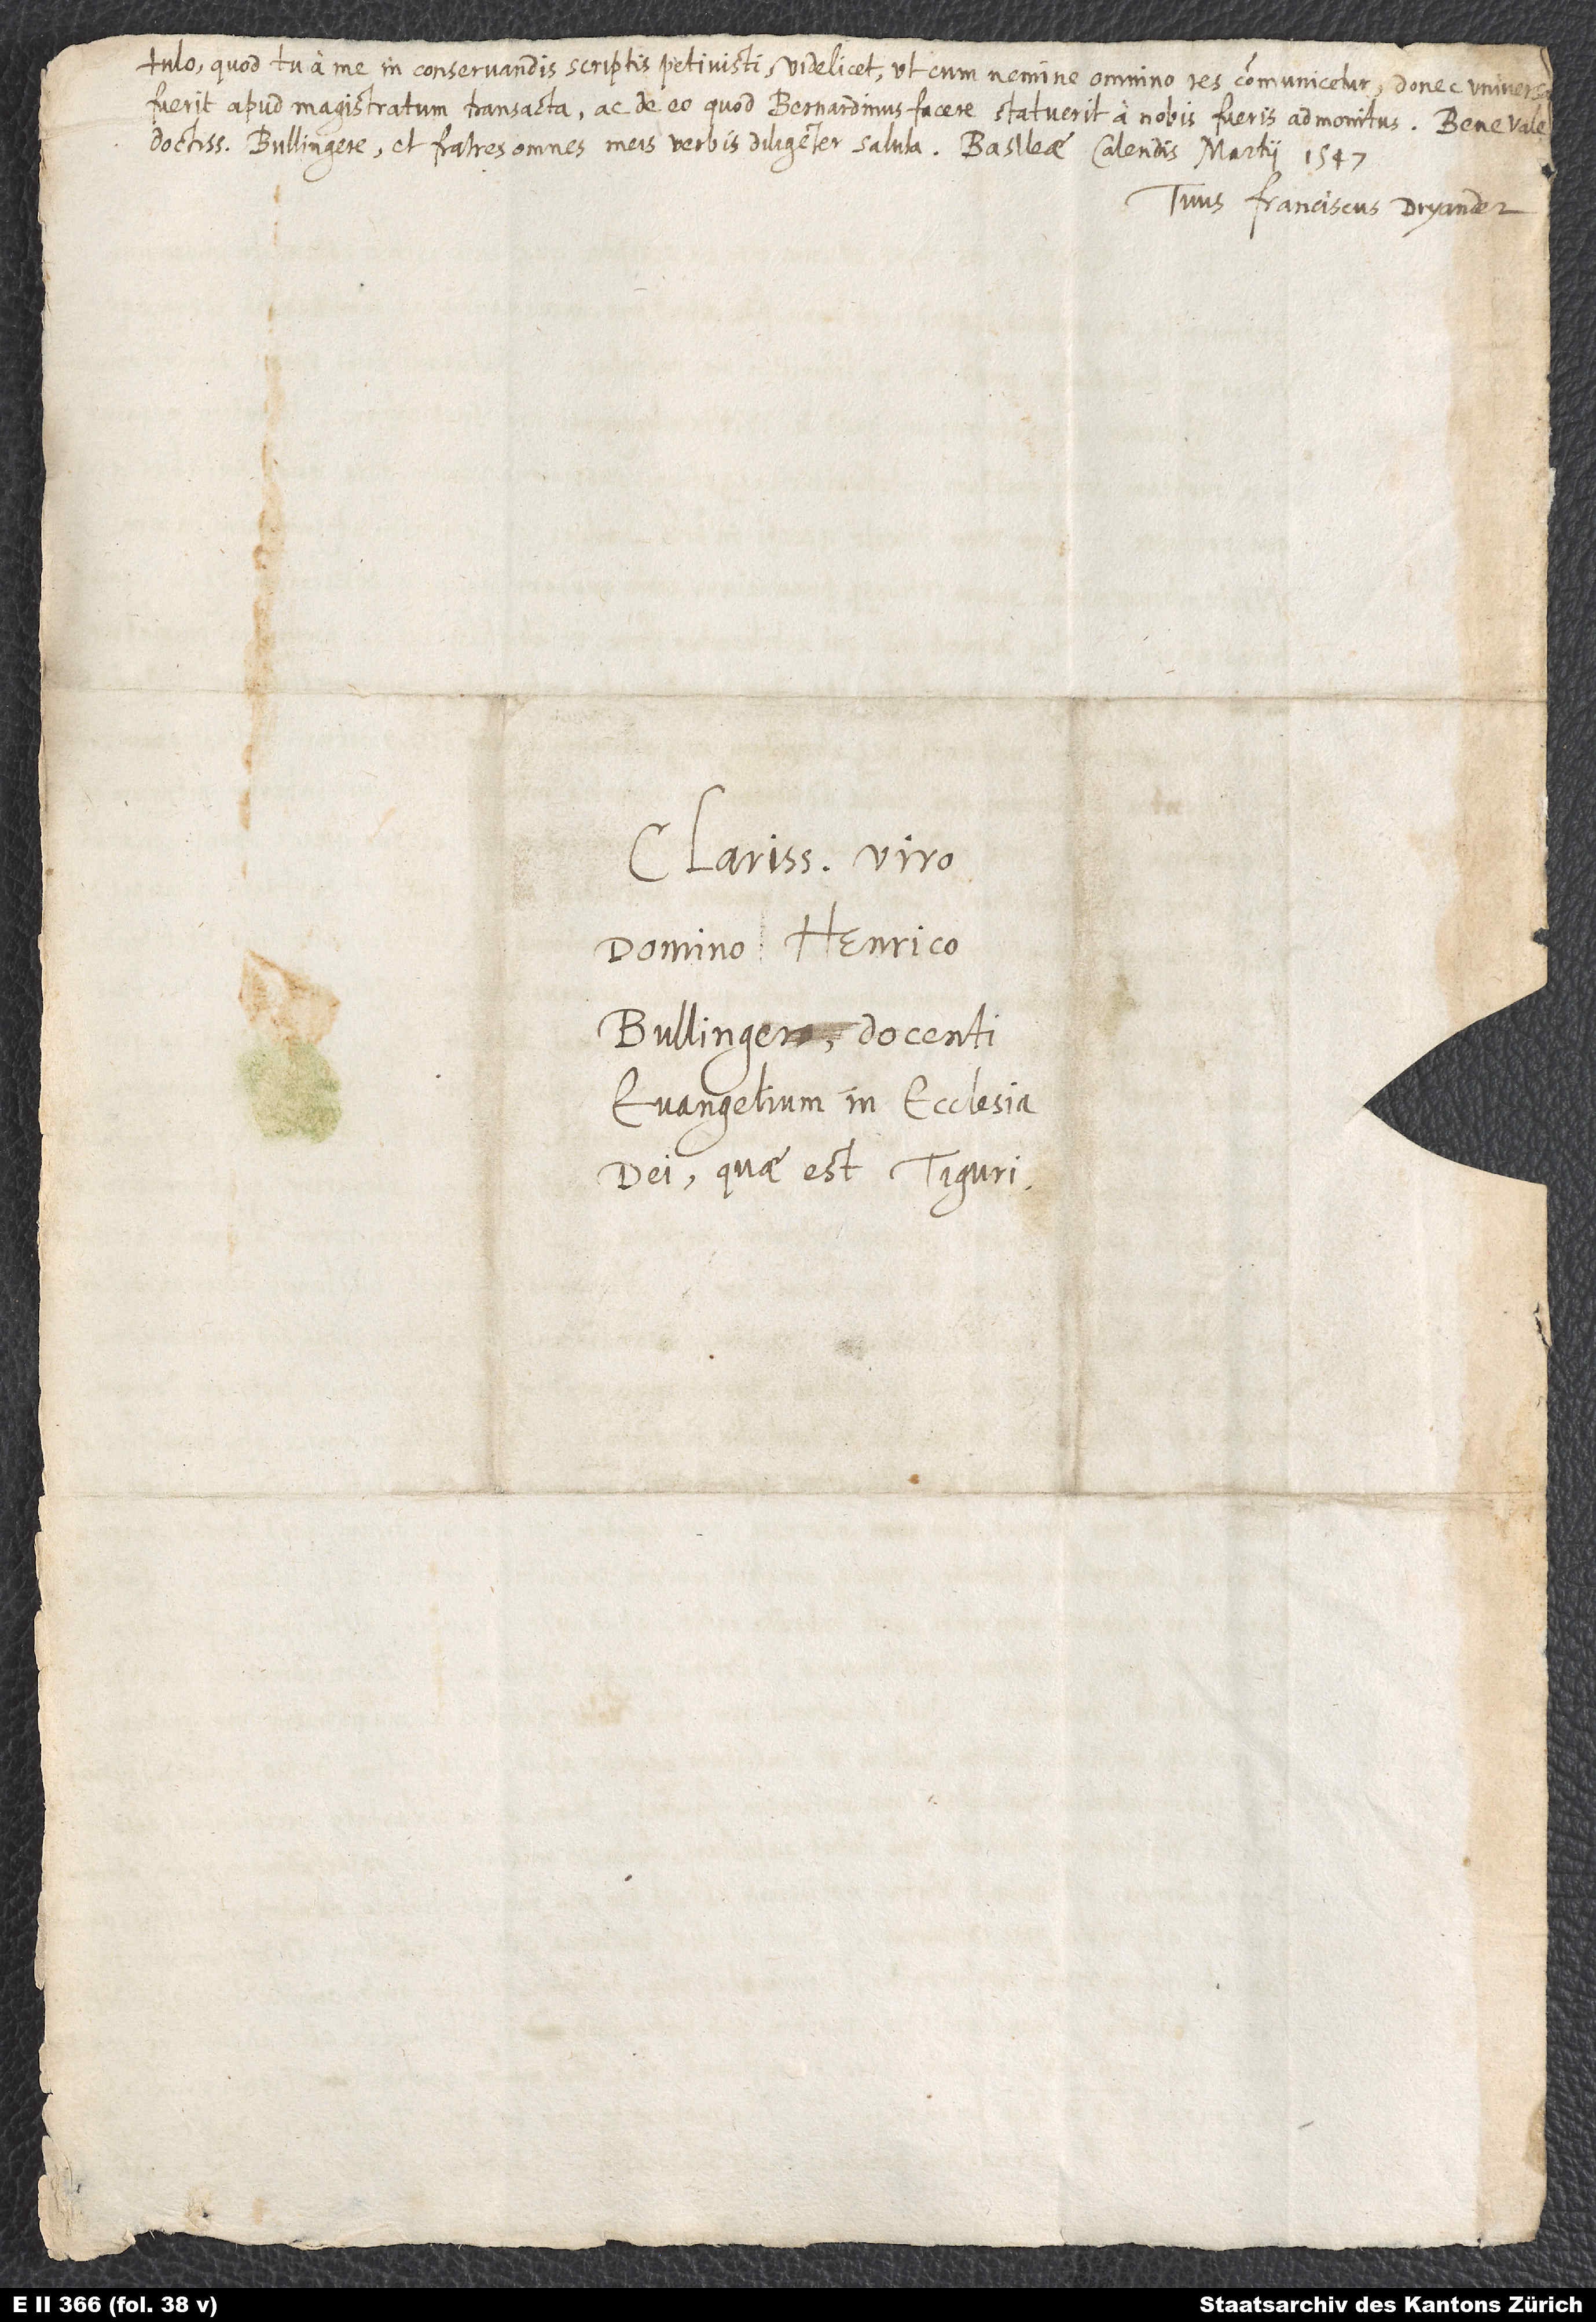
fuerit apud magistratum transacta ac de eo, quod Bernardinus facere statuerit, a nobis fueris admonitus. Bene vale,
doctissime Bullingere, et fratres omnes meis verbis diligenter saluta. Basileae, calendis martii 1547.
Tuus Franciscus Dryander.
Clarissimo viro
domino Henrico
Bullingero, docenti
evangelium in ecclesia
dei, quae est Tiguri.